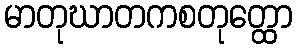
မာတုဃာတကစတုတ္ထော